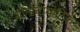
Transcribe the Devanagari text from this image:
यीनोबायोटिक